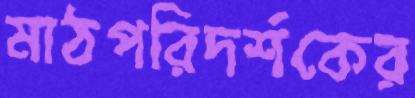
মাঠপরিদর্শকের